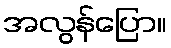
အလွန်ပြော။